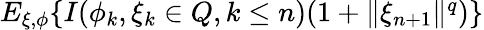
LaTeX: \begin{array}{rl}{E_{\xi,\phi}\{ I(\phi_{k},\xi_{k}\in Q,k\le n)(1+\| \xi_{n+1}\| ^{q})\} }\end{array}